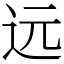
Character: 远